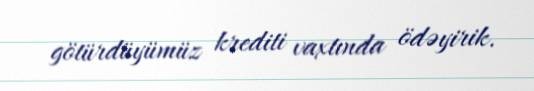
götürdüyümüz krediti vaxtında ödəyirik.